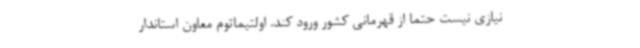
نیازی نیست حتما از قهرمانی کشور ورود کند. اولتیماتوم معاون استاندار